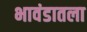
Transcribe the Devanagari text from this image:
भावंडातला